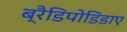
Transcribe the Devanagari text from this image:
ब्रैडिपोडिडाए